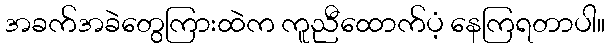
အခက်အခဲတွေကြားထဲက ကူညီထောက်ပံ့ နေကြရတာပါ။